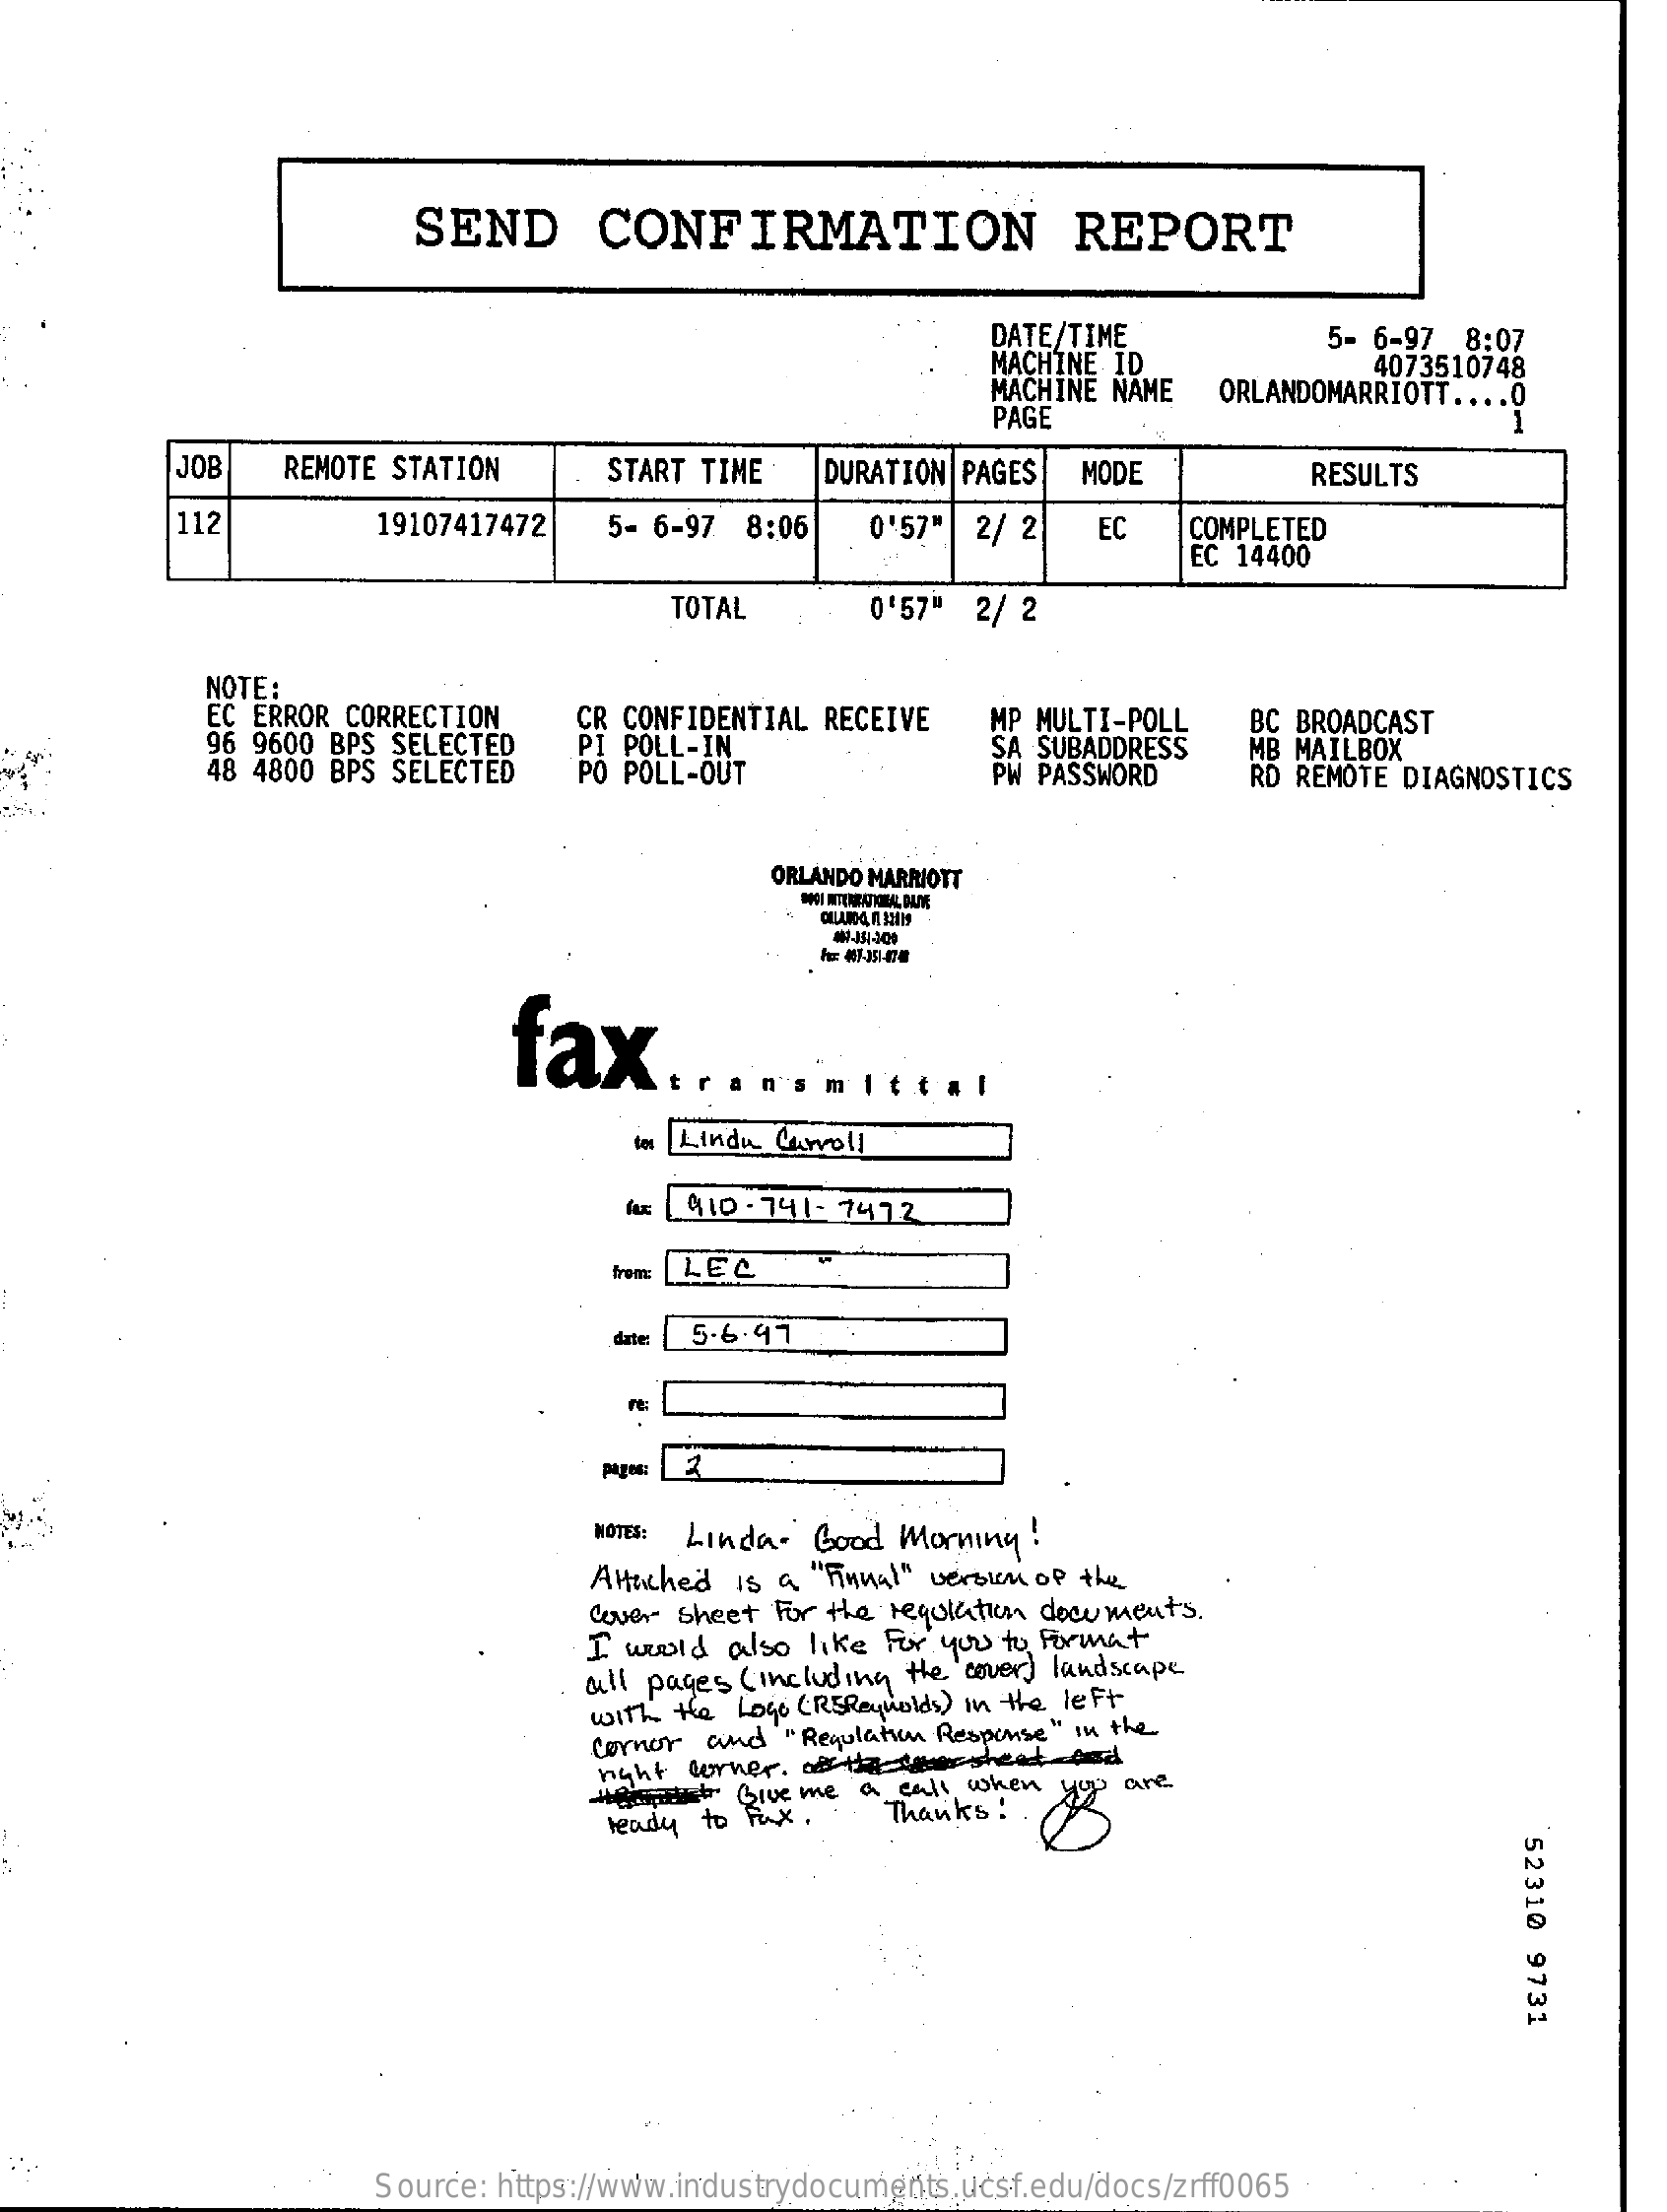
SEND    CONFIRMATION    REPORT
     DATE/TIME
     MACHINE ID
     5- 6-97  8:07
     MACHINE NAME
     4073510748
     PAGE
     ORLANDOMARRIOTT ... ..
     JOB    REMOTE STATION    START TIME    DURATION PAGES  MODE    RESULTS
     112    19107417472   5- 6-97  8:06    0'57"  2/ 2    EC    COMPLETED
     EC 14400
     TOTAL    0'57" 2/ 2
     NOTE:
     EC ERROR CORRECTION
     96 9600 BPS SELECTED
     CR CONFIDENTIAL RECEIVE
     PI POLL-IN
     MP MULTI-POLL
     48 4800 BPS SELECTED   PO POLL-OUT
     SA SUBADDRESS
     BC BROADCAST
     PW PASSWORD
     MB MAILBOX
     RD REMOTE DIAGNOSTICS
     ORLANDO MARRIOTT
     fax.
     mittal
     to Lindu Carroll
     410 - 741 - 7472
     from: LEC
     dater 5.6.97
     pages:
     MÖTES: Linda- Good Morning  !
     Attached Is a "Final" version of the
     Cover sheet For the regulation documents .
     I would  also like For you to format
     all pages ( including the cover) landscape
     with the Logo (REReynolds) in the left
     cornor  and  "Regulation Response " in the
     right corner. of the theheat   and
     these    Give me  a call when    are
     ready to Pix .   Thanks !
     52310
     9731
     Source: https://www.industrydocuments.ucsf.edu/docs/zrff0065